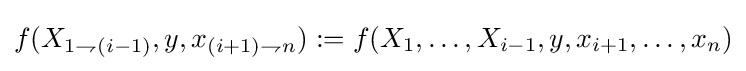
f(X_{1\rightharpoondown (i-1)},y,x_{(i+1)\rightharpoondown n}):=f(X_{1},\ldots ,X_{i-1},y,x_{i+1},\ldots ,x_{n})